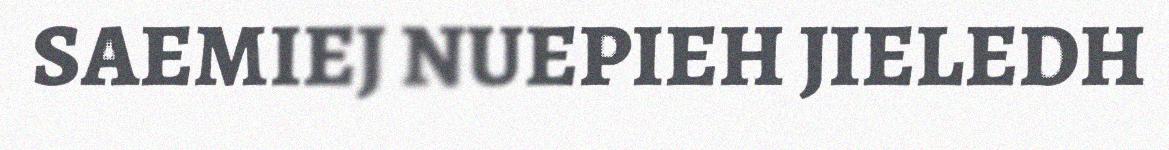
SAEMIEJ NUEPIEH JIELEDH